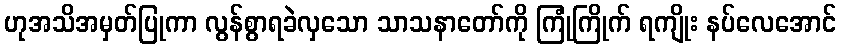
ဟုအသိအမှတ်ပြုကာ လွန်စွာရခဲလှသော သာသနာတော်ကို ကြုံကြိုက် ရကျိုး နပ်လေအောင်